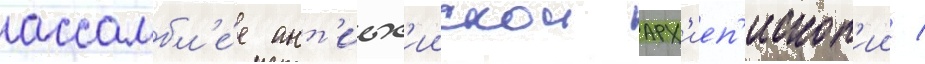
ассамбл'е́е ант'иох'иискои арх'иеп'ископ'ии /